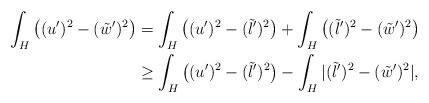
\begin{align*}\int_{H} \left((u')^2 - (\tilde{w}')^2 \right)& = \int_{H} \big((u')^2 - (\tilde{l}')^2 \big)+ \int_{H}\big((\tilde{l}')^2 - (\tilde{w}')^2 \big)\\& \geq \int_{H} \big( (u')^2 - (\tilde{l}')^2 \big) - \int_{H} |(\tilde{l}')^2 - (\tilde{w}')^2|, \end{align*}